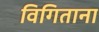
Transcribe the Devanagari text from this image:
विगिताना